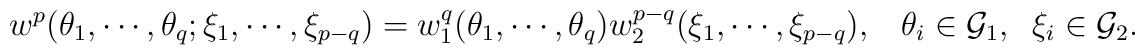
w^p(\theta_1,\cdots,\theta_{q};\xi_1,\cdots,\xi_{p-q})=w_1^q(\theta_1,\cdots,\theta_{q}) w_2^{p-q}(\xi_1,\cdots,\xi_{p-q}),\;\;\; \theta_i\in {\cal G}_1,\;\;\xi_i\in {\cal G}_2.